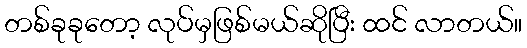
တစ်ခုခုတော့ လုပ်မှဖြစ်မယ်ဆိုပြီး ထင် လာတယ်။